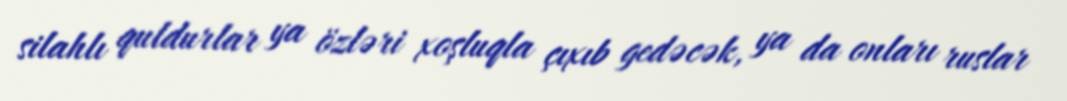
silahlı quldurlar ya özləri xoşluqla çıxıb gedəcək, ya da onları ruslar